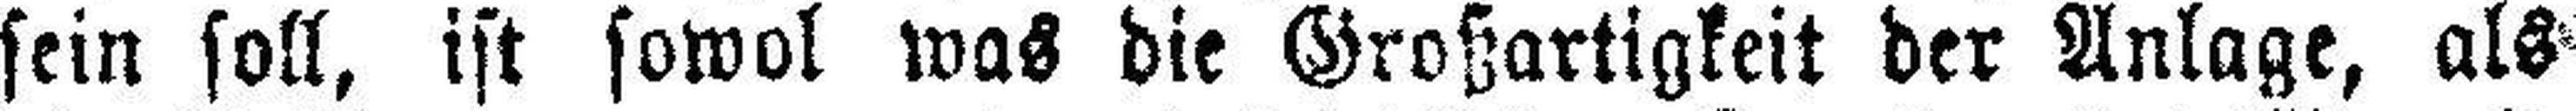
sein soll, ist sowol was die Großartigkeit der Anlage, als